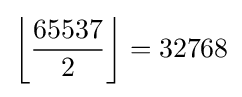
\left\lfloor {\frac {65537}{2}}\right\rfloor =32768